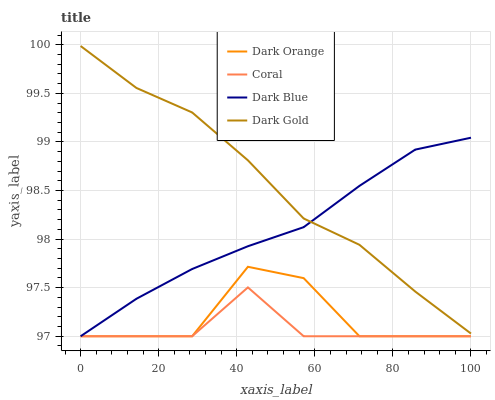
| xaxis_label | Dark Orange | Coral | Dark Blue | Dark Gold |
 | --- | --- | --- | --- | --- |
 | 0 | 97 | 97 | 97 | 100 |
 | 14.3 | 97 | 97 | 97.4 | 99.6 |
 | 28.6 | 97 | 97 | 97.7 | 99.3 |
 | 42.9 | 97.7 | 97.5 | 97.9 | 98.8 |
 | 57.1 | 97.6 | 97 | 98.1 | 98.2 |
 | 71.4 | 97 | 97 | 98.5 | 97.9 |
 | 85.7 | 97 | 97 | 98.9 | 97.5 |
 | 100 | 97 | 97 | 99 | 97 |